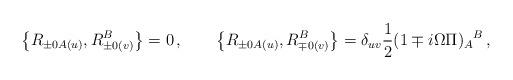
LaTeX: \begin{align*}\left\{R_{\pm 0A(u)},R_{\pm 0(v)}^B\right\}=0\,,\qquad\left\{R_{\pm 0A(u)},R_{\mp 0(v)}^B\right\}=\delta_{uv}\frac{1}{2}(1\mp i\Omega\Pi)_A{}^B\,,\end{align*}